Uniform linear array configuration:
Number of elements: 32
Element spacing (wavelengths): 1
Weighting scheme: kaiser
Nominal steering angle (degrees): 45
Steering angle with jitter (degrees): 44.846
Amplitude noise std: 0.05
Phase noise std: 0.05

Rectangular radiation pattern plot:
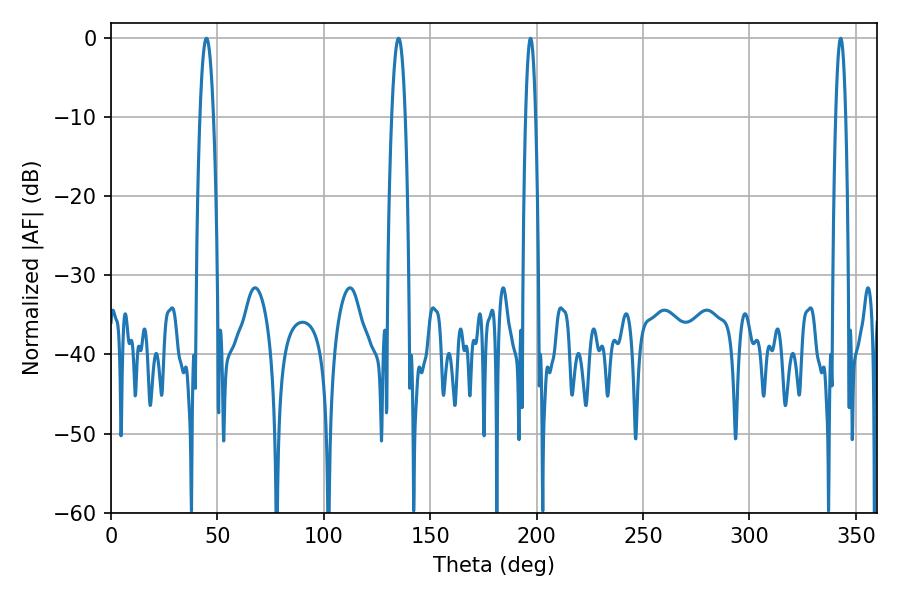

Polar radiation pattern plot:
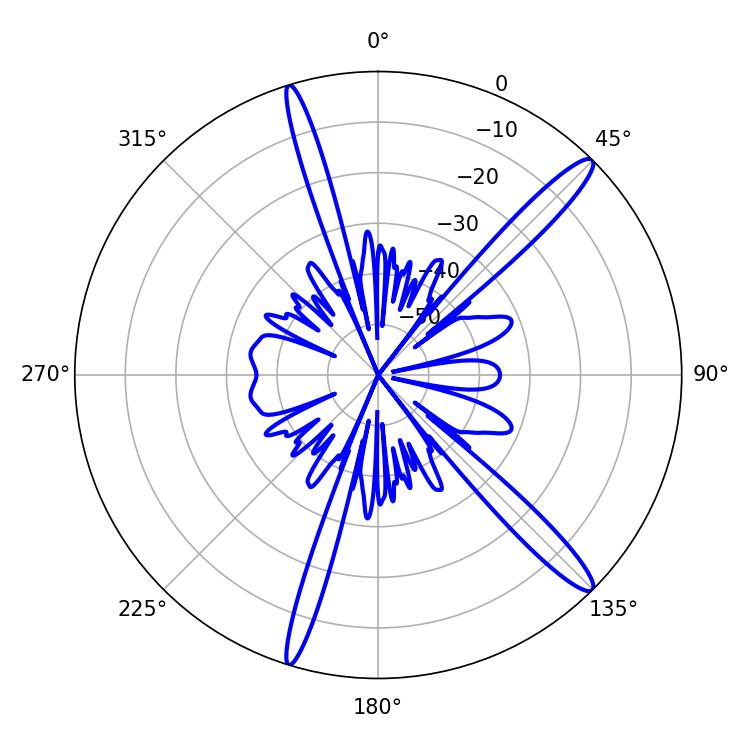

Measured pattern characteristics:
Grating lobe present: TRUE
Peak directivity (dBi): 14.896
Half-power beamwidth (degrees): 2.52
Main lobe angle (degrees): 197.1